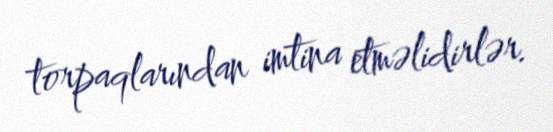
torpaqlarından imtina etməlidirlər.